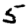
Digit: 5